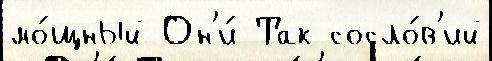
мо́щный Он'и́ Так сосло́в'ий